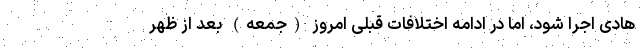
هادی اجرا شود، اما در ادامه اختلافات قبلی امروز (جمعه) بعد از ظهر